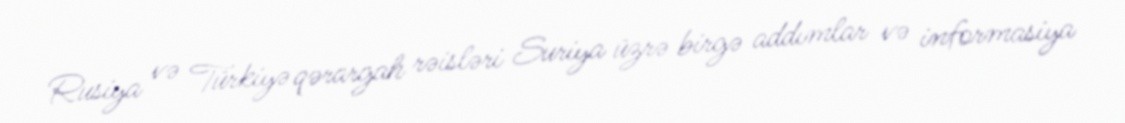
Rusiya və Türkiyə qərargah rəisləri Suriya üzrə birgə addımlar və informasiya